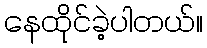
နေထိုင်ခဲ့ပါတယ်။